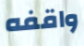
واقفه